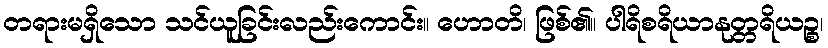
တရားမရှိသော သင်ယူခြင်းလည်းကောင်း။ ဟောတိ၊ ဖြစ်၏။ ပါရိစရိယာနုတ္တရိယဉ္စ၊